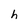
Character: h